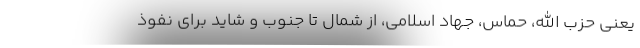
یعنی حزب الله، حماس، جهاد اسلامی، از شمال تا جنوب و شاید برای نفوذ